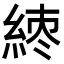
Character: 𬗘